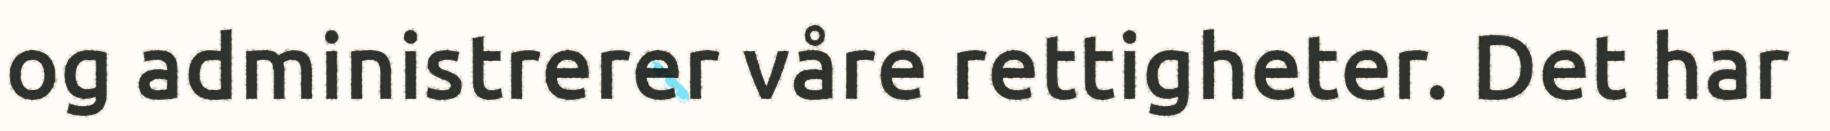
og administrerer våre rettigheter. Det har